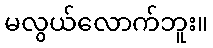
မလွယ်လောက်ဘူး။